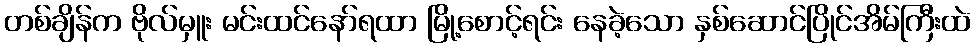
တစ်ချိန်က ဗိုလ်မှူး မင်းထင်နော်ရထာ မြို့စောင့်ရင်း နေခဲ့သော နှစ်ဆောင်ပြိုင်အိမ်ကြီးထဲ